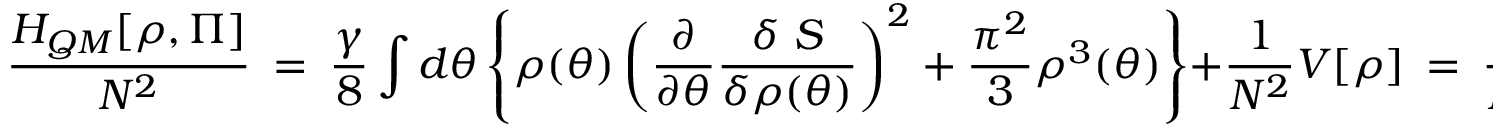
\frac { H _ { Q M } [ \rho , \Pi ] } { N ^ { 2 } } ~ = ~ \frac { \gamma } { 8 } \int d \theta \left\{ \rho ( \theta ) \left( \frac { \partial } { \partial \theta } \frac { \delta ~ S } { \delta \rho ( \theta ) } \right) ^ { 2 } + \frac { \pi ^ { 2 } } { 3 } \rho ^ { 3 } ( \theta ) \right\} + \frac { 1 } { N ^ { 2 } } V [ \rho ] ~ = ~ \frac { E } { N ^ { 2 } } \; .